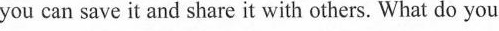
you can save it and share it with others. What do you